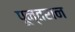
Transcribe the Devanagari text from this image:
पून्तरान